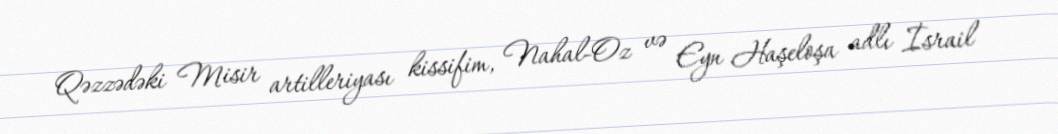
Qəzzədəki Misir artilleriyası kissifim, Nahal-Oz və Eyn Haşeloşa adlı İsrail